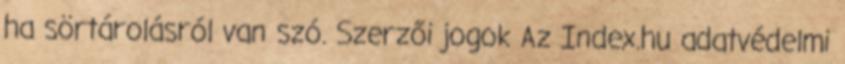
ha sörtárolásról van szó. Szerzői jogok Az Index.hu adatvédelmi